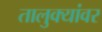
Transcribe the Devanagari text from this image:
तालुक्यांवर